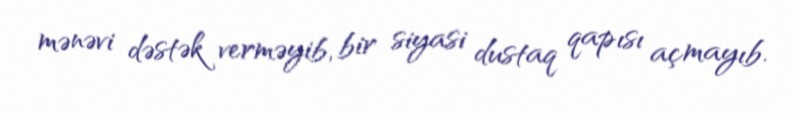
mənəvi dəstək verməyib, bir siyasi dustaq qapısı açmayıb.